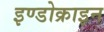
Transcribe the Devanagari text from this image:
इण्डोक्राइन